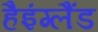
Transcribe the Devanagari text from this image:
हैइंग्लैंड